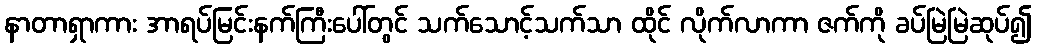
နာတာရှာကား အာရပ်မြင်းနက်ကြီးပေါ်တွင် သက်သောင့်သက်သာ ထိုင် လိုက်လာကာ ဇက်ကို ခပ်မြဲမြဲဆုပ်၍